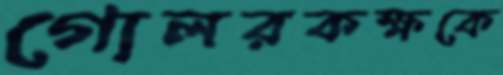
গোলরকক্ষকে